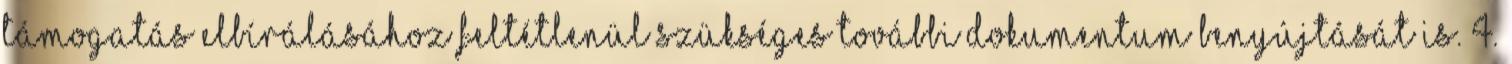
támogatás elbírálásához feltétlenül szükséges további dokumentum benyújtását is. 4.